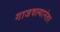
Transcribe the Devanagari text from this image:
गाजवल्यानंतर